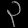
Digit: ၃